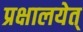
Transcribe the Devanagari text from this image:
प्रक्षालयेत्